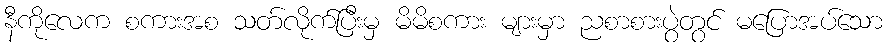
နီကိုလေက စကားအစ သတ်လိုက်ပြီးမှ မိမိစကား များမှာ ညစာစားပွဲတွင် မပြောအပ်သော